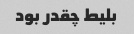
بلیط چقدر بود